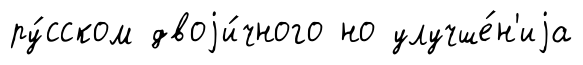
ру́сском двоjи́чного но улучше́н'иjа